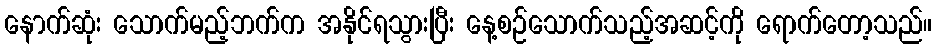
နောက်ဆုံး သောက်မည့်ဘက်က အနိုင်ရသွားပြီး နေ့စဉ်သောက်သည့်အဆင့်ကို ရောက်တော့သည်။